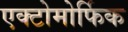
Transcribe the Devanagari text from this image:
एक्टोमोर्फिक